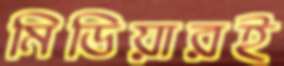
মিডিয়ারই